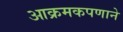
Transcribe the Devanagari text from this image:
आक्रमकपणाने